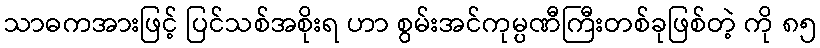
သာဓကအားဖြင့် ပြင်သစ်အစိုးရ ဟာ စွမ်းအင်ကုမ္ပဏီကြီးတစ်ခုဖြစ်တဲ့ ကို ၈၅